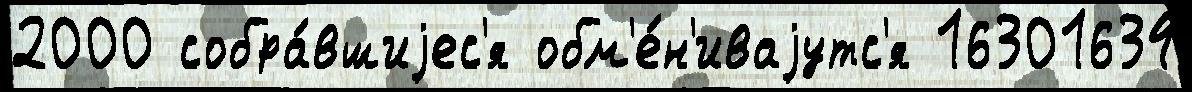
2000 собра́вшиjес'я обм'е́н'иваjутс'я 16301634